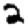
Digit: 2